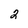
Character: 2